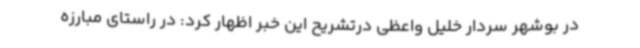
در بوشهر سردار خلیل واعظی درتشریح این خبر اظهار کرد: در راستای مبارزه